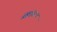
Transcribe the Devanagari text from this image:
सेंटिस्टियर